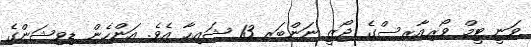
ވަނީ ޓީމް ވޯރިއާރސްގެ ޖޯޒީ ނަންބަރ 13 ޝައިހާ އެވެ. އަންހެން ޑިވިޝަންގެ